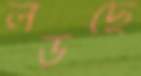
লড়ছে